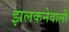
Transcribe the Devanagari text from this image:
झलकनेवाली